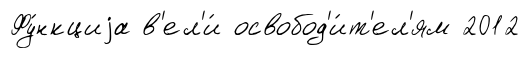
Фу́нкциjа в'ел'и́ освобод'и́т'ел'ям 2012